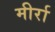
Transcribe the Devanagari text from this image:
मीर्रा